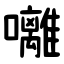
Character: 囄